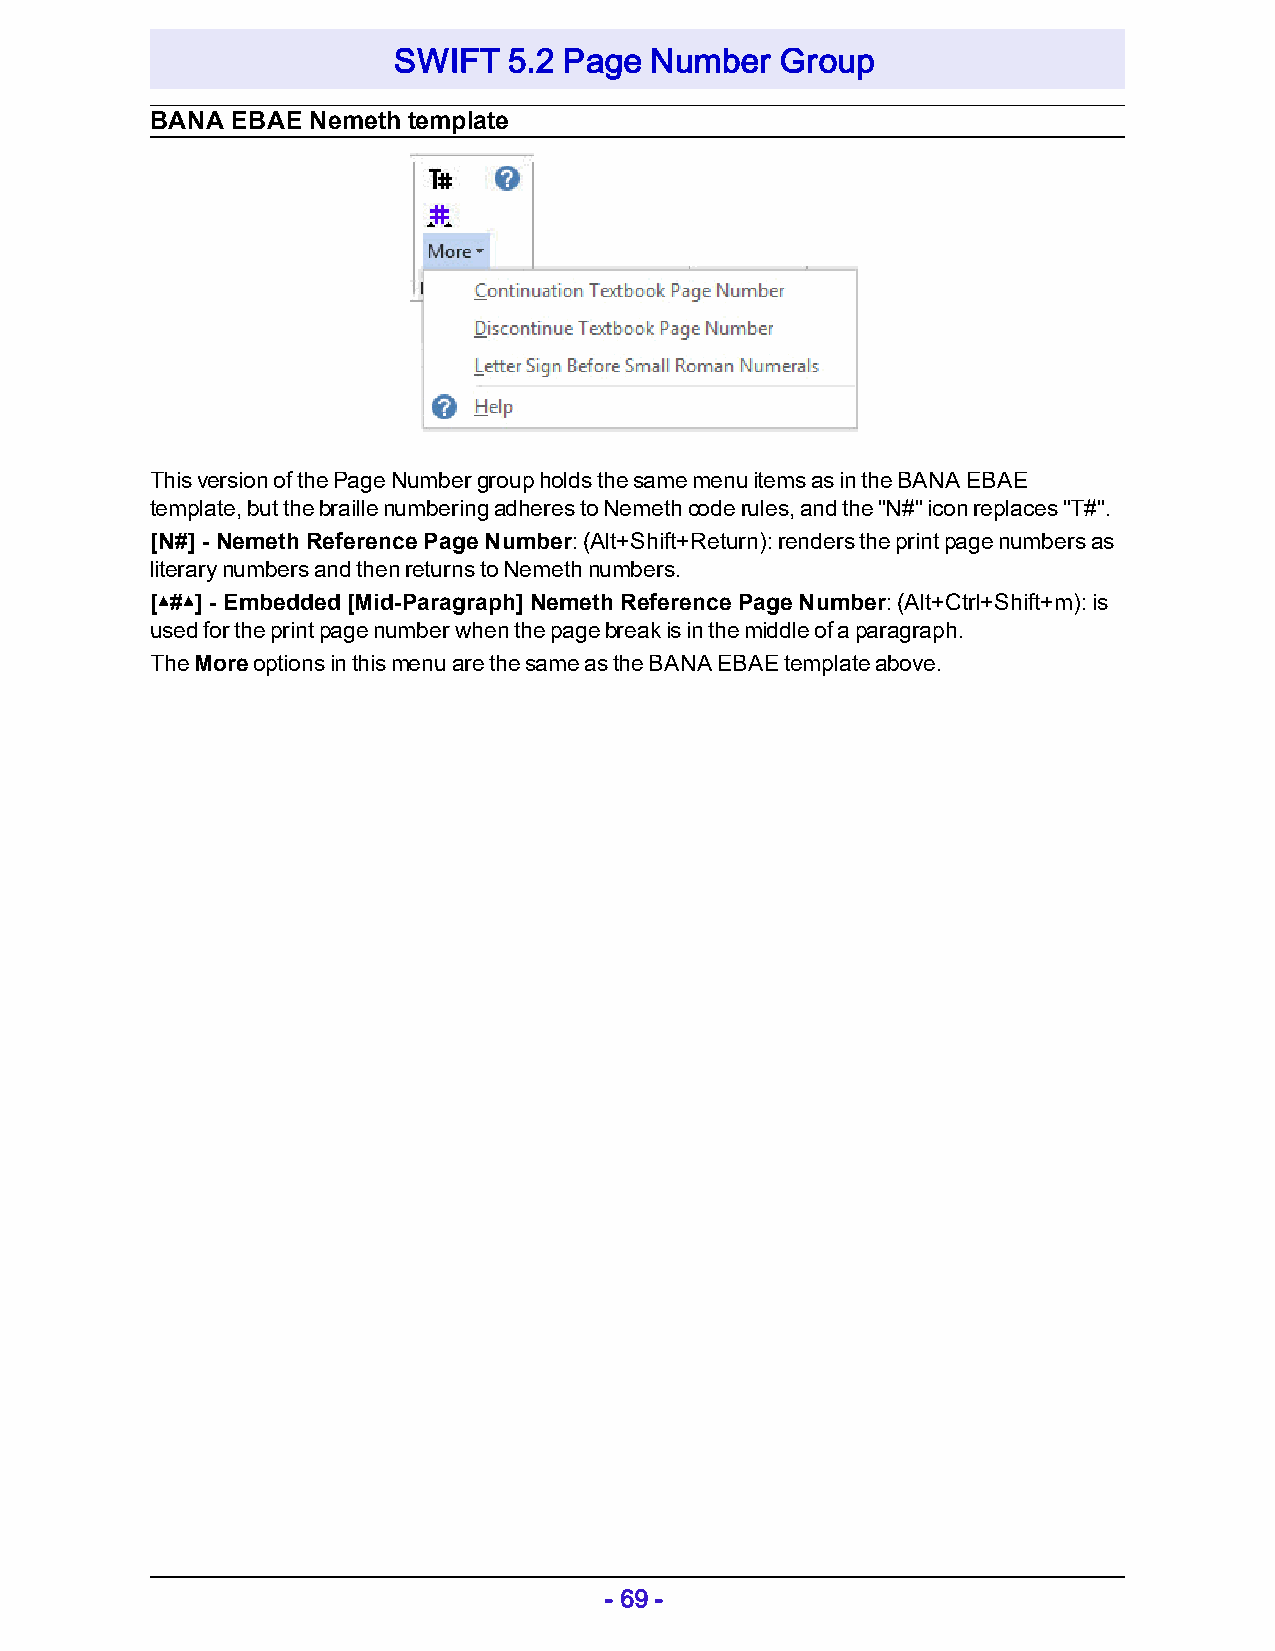
SWIFT   5.2 Page Number   Group
 BANA EBAE Nemeth template
 This version of the Page Number group holds the same menu items as in the BANA EBAE
 template, but the braille numbering adheres to Nemeth code rules, and the "N#" icon replaces "T#".
 [N#] - Nemeth Reference Page Number: (Alt+Shift+Return): renders the print page numbers as
 literary numbers and then returns to Nemeth numbers.
 [▴#▴] - Embedded [Mid-Paragraph] Nemeth Reference Page Number: (Alt+Ctrl+Shift+m): is
 used for the print page number when the page break is in the middle of a paragraph.
 The More options in this menu are the same as the BANA EBAE template above.
 - 69 -